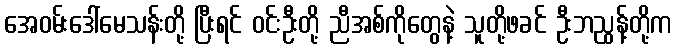
အေဝမ်းဒေါ်မေသန်းတို့ ပြီးရင် ဝင်းဦးတို့ ညီအစ်ကိုတွေနဲ့ သူတို့ဖခင် ဦးဘညွန့်တို့က